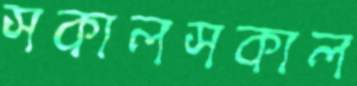
সকালসকাল